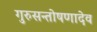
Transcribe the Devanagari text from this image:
गुरुसन्तोषणादेव